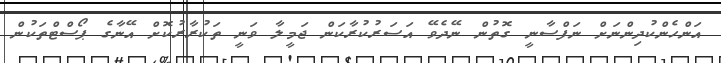
އަންހެންކުދިންނަށް ނަފްސާނީ ގޮތުން ނޭދެވޭ އަސަރުކުރާކަން ޖަމީލާ ވަނީ ތަކުރާރުކޮށް އޭނާގެ ޕޯސްޓްތަކުން